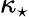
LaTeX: \kappa_{\star}